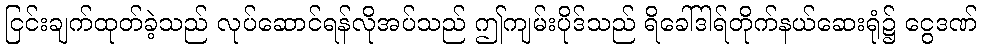
ငြင်းချက်ထုတ်ခဲ့သည် လုပ်ဆောင်ရန်လိုအပ်သည် ဤကျမ်းပိုဒ်သည် ရိခေါ်ဒါရ်တိုက်နယ်ဆေးရုံ၌ ငွေဒဏ်